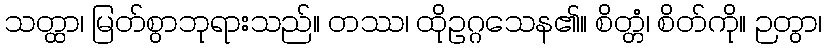
သတ္ထာ၊ မြတ်စွာဘုရားသည်။ တဿ၊ ထိုဥဂ္ဂသေန၏။ စိတ္တံ၊ စိတ်ကို။ ဉတွာ၊